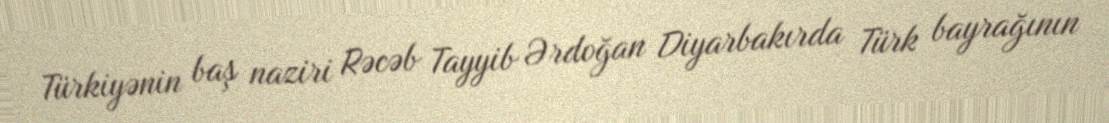
Türkiyənin baş naziri Rəcəb Tayyib Ərdoğan Diyarbakırda Türk bayrağının